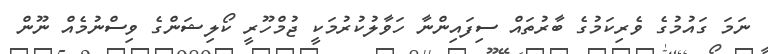
ނަމަ ގައުމުގެ ވެރިކަމުގެ ބާރުތައް ސިފައިންނާ ހަވާލުކުރުމަކީ ޖުމްހޫރީ ކޯލިޝަންގެ ވިސްނުމެއް ނޫން